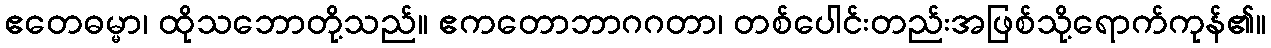
ဧတေဓမ္မာ၊ ထိုသဘောတို့သည်။ ဧကတောဘာဂဂတာ၊ တစ်ပေါင်းတည်းအဖြစ်သို့ရောက်ကုန်၏။